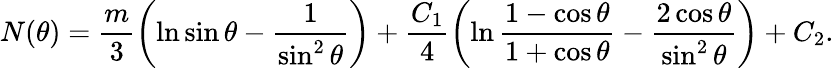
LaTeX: N(\theta)=\frac{m}3\left(\ln\sin\theta-\frac 1{\sin^{2}\theta}\right)+\frac{C_{1}}4\left(\ln\frac{1-\cos\theta}{1+\cos\theta}-\frac{2\cos\theta}{\sin^{2}\theta}\right)+C_{2}.